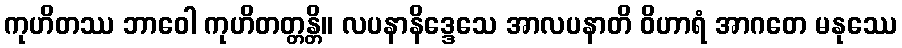
ကုဟိတဿ ဘာဝေါ ကုဟိတတ္တန္တိ။ လပနာနိဒ္ဒေသေ အာလပနာတိ ဝိဟာရံ အာဂတေ မနုဿေ